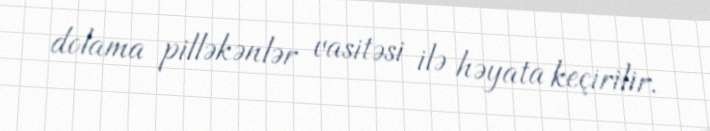
dolama pilləkənlər vasitəsi ilə həyata keçirilir.